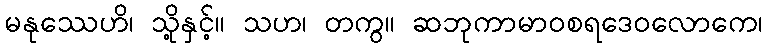
မနုဿေဟိ၊ သို့နှင့်။ သဟ၊ တကွ။ ဆဘုကာမာဝစရဒေဝလောကေ၊